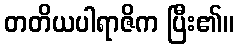
တတိယပါရာဇိက ပြီး၏။